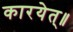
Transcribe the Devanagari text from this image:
कारयेत्॥